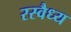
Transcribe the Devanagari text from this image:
रस्वैध्य